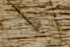
حروق